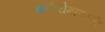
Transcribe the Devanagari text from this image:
कर्करोगावरही